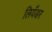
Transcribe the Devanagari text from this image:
लियँडर